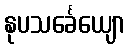
နုပသင်္ခေယျော